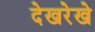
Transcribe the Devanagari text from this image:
देखरेखे